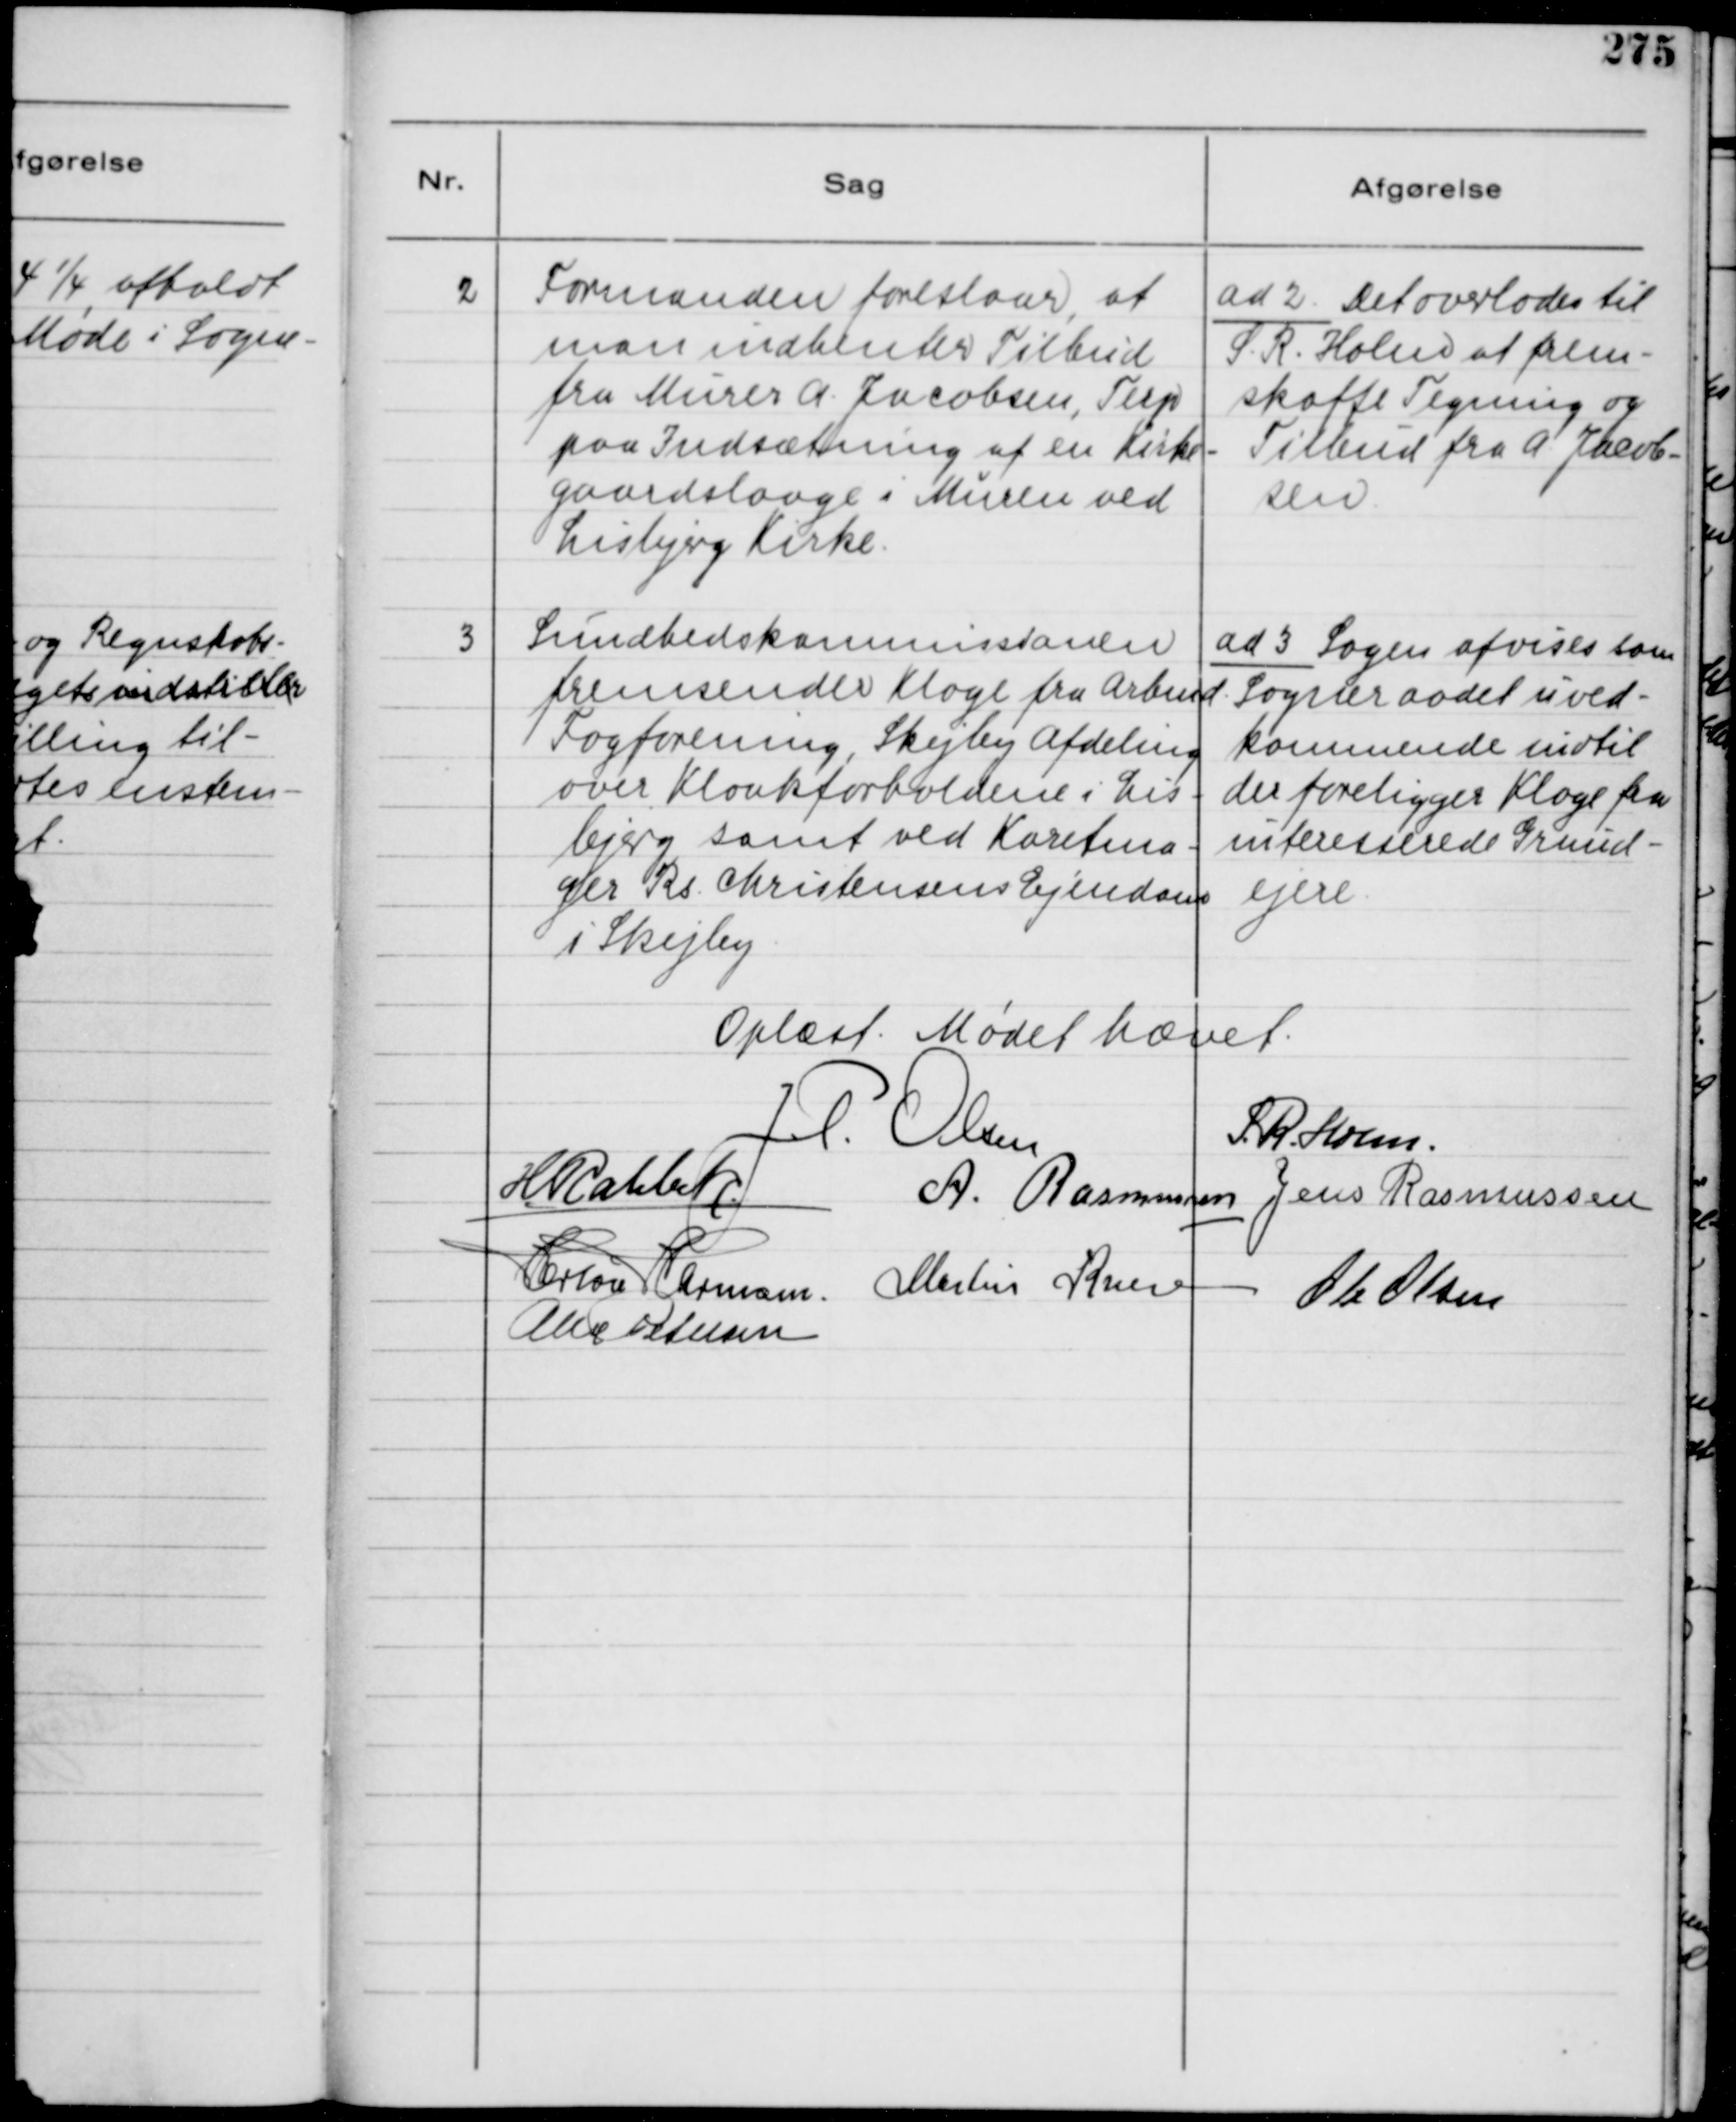
Transskription:
2
Formanden foreslaar, at
man indhenter Tilbud
fra Murer A. Jacobsen, Terp
paa Indsætning af en Kirke-
gaardslaage i Muren ved
Lisbjeg Kirke.

ad 2. Det overlodes til
S. R. Holm af frem-
skaffe Tegning og
Tilbud fra A. Jacob-
sen.

3
Sundbedskommissionen
fremsender Klage fra Arbmd.
Fagforening, Skejby Afdeling
over Kloakforholdene i Lis-
bjerg samt ved Karetma-
ger Rs. Christensens Ejendom
i Skejby.

ad 3 Sagen afvises som
Sogneraadet uved-
kommende indtil
der foreligger Klage fra
interesserede Grund-
ejere.

Oplæst. Mødet hævet.
J. P. Olsen
S. R. Holm
H Rahbek
A. Rasmussen
Jens Rasmussen
Herlou Petersen
Martin Kruse
Ole Olsen
Alex Petersen